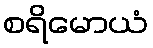
စရိမောယံ